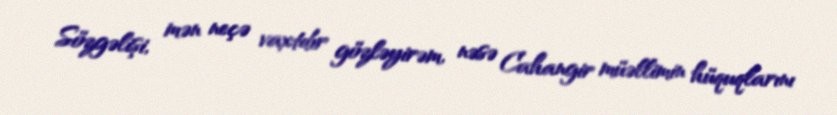
Sözgəlişi, mən neçə vaxtdır gözləyirəm, nəsə Cahangir müəllimin hüquqlarını